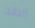
النقد